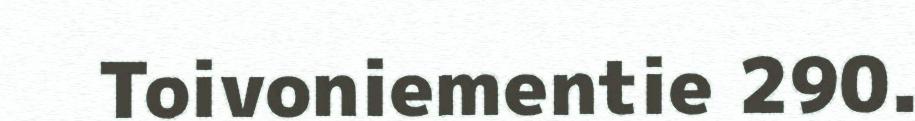
Toivoniementie 290.